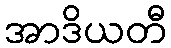
အာဒိယတီ